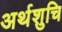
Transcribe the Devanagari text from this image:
अर्थशुचि